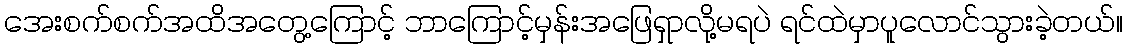
အေးစက်စက်အထိအတွေ့ကြောင့် ဘာကြောင့်မှန်းအဖြေရှာလို့မရပဲ ရင်ထဲမှာပူလောင်သွားခဲ့တယ်။